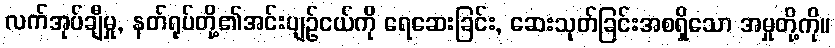
လက်အုပ်ချီမှု, နတ်ရုပ်တို့၏အင်းပျဉ်ငယ်ကို ရေဆေးခြင်း, ဆေးသုတ်ခြင်းအစရှိသော အမှုတို့ကို။